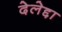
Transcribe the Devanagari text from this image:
देलेद्दा